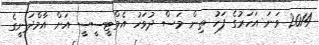
2014 ވަނަ އަހަރުގެ ފަހު ތިން މަސް ދުވަހު އެމްޓީސީސީ އަށް އާމްދަނީގެ